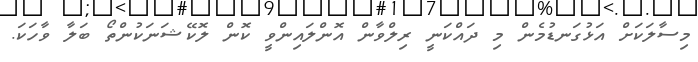
މިސާލަކަށް އަޅުގަނޑުމެން މި ދައްކަނީ ރިލްވާން އޮންލައިންވީ ކޮން ލޮކޭޝަނަކުންތޯ ބަލާ ވާހަކަ.